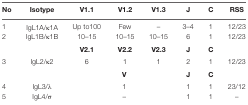
<table><thead><tr><td><b>No</b></td><td><b>Isotype</b></td><td><b>V1.1</b></td><td><b>V1.2</b></td><td><b>V1.3</b></td><td><b>J</b></td><td><b>C</b></td><td><b>RSS</b></td></tr></thead><tbody><tr><td>1</td><td>IgL1A/κ1A</td><td>Up to100</td><td>Few</td><td>–</td><td>3–4</td><td>1</td><td>12/23</td></tr><tr><td>2</td><td>IgL1B/κ1B</td><td>10–15</td><td>10–15</td><td>10–15</td><td>6</td><td>1</td><td>12/23</td></tr><tr><td></td><td></td><td><b>V2.1</b></td><td><b>V2.2</b></td><td><b>V2.3</b></td><td><b>J</b></td><td><b>C</b></td><td></td></tr><tr><td>3</td><td>IgL2/κ2</td><td>6</td><td>1</td><td>1</td><td>2</td><td>1</td><td>12/23</td></tr><tr><td></td><td></td><td></td><td><b>V</b></td><td></td><td><b>J</b></td><td><b>C</b></td><td></td></tr><tr><td>4</td><td>IgL3/λ</td><td></td><td>1</td><td></td><td>1</td><td>1</td><td>23/12</td></tr><tr><td>5</td><td>IgL4/σ</td><td></td><td>–</td><td></td><td>1</td><td>1</td><td>–</td></tr></tbody></table>